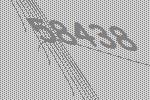
58438